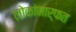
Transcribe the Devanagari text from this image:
लोकांमार्फत